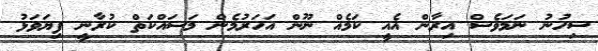
ސިހުނު ނަމަވެސް އިރާން އެއީ ކަމެއް ނޫން އަހަރުމެން މަސައްކަތް ކުރާނީ ފިޔަވަޅު